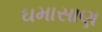
ઘમાસાણ